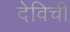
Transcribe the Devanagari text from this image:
देविची